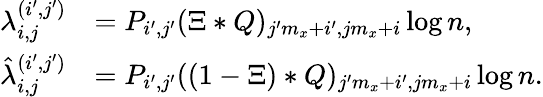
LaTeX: \begin{array}{rl}{{\lambda_{i,j}^{(i^{\prime},j^{\prime})}}}&{=P_{i^{\prime},j^{\prime}}(\Xi*Q)_{j^{\prime}m_{x}+i^{\prime},jm_{x}+i}\log n,}\\ {{\hat{\lambda}_{i,j}^{(i^{\prime},j^{\prime})}}}&{=P_{i^{\prime},j^{\prime}}((1-\Xi)*Q)_{j^{\prime}m_{x}+i^{\prime},jm_{x}+i}\log n.}\end{array}